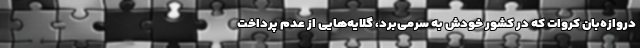
دروازه‌بان کروات که در کشور خودش به سرمی‌برد، گلایه‌هایی از عدم پرداخت